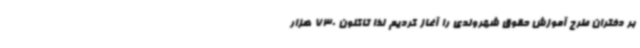
بر دختران طرح آموزش حقوق شهروندی را آغاز کردیم لذا تاکنون 730 هزار